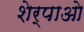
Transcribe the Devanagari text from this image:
शेर्पाओ